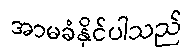
အာမခံနိုင်ပါသည်